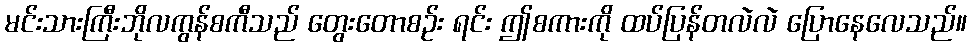
မင်းသားကြီးဘိုလကွန်စကီသည် တွေးတောစဉ်း ရင်း ဤစကားကို ထပ်ပြန်တလဲလဲ ပြောနေလေသည်။